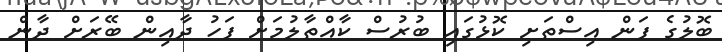
ބޮލުގެ ފަން އިސްތަށި ކޮޅުގައި ބުރުސް ކާއްތާލުމަށް ފަހު ދާއިން ބޭރަށް ދާން